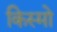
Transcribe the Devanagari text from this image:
किस्मो